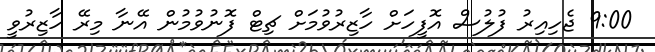
9:00 ޖެހިއިރު ފުލުސް އޮފީހަށް ހާޒިރުވުމަށް ޗިޓް ފޮނުވުމުން އޭނާ މިރޭ ހާޒިރުވީ